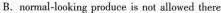
B.normal-leoking prlece isnot alowed tbere